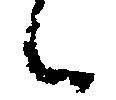
候